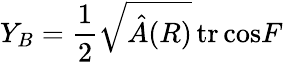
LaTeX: Y_{B}={\frac{1}{2}}\sqrt{\hat{A}(R)}\, \mathrm{tr}\, \mathrm{cos}F